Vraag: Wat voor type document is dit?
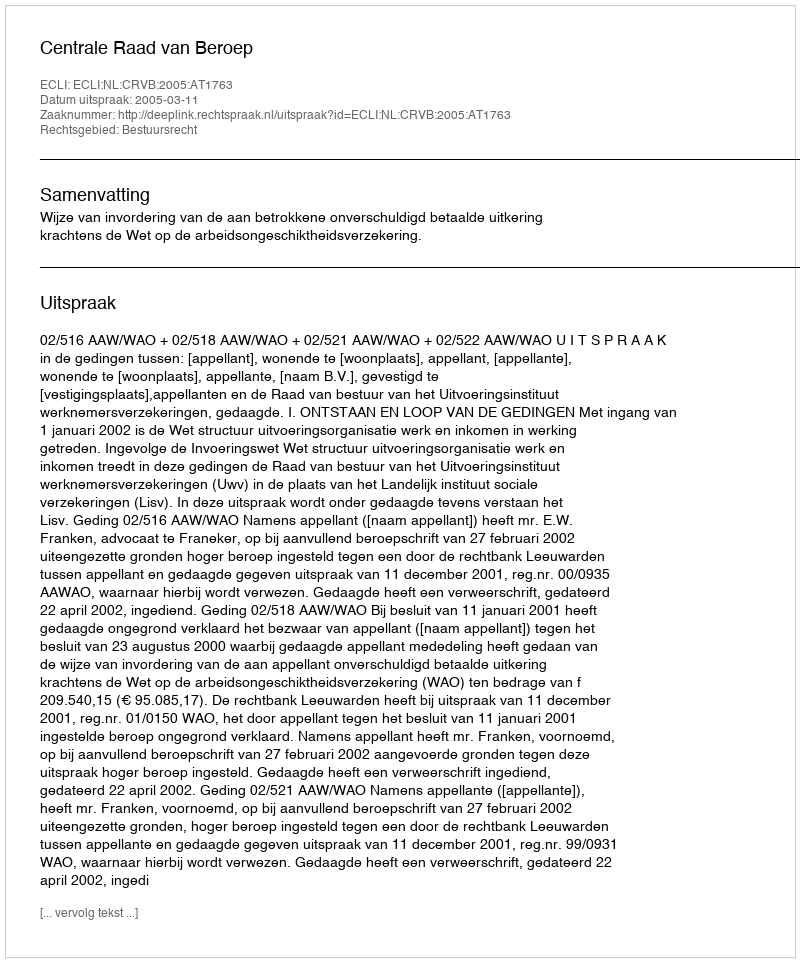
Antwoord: Uitspraak